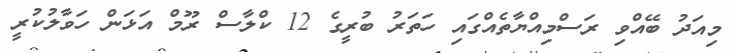
މިއަދު ބޭއްވި ރަސްމިއްޔާތެއްގައި ހަތަރު ބުރީގެ 12 ކްލާސް ރޫމް އަޅަން ހަވާލުކުރީ